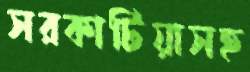
সরকাটিয়াসহ